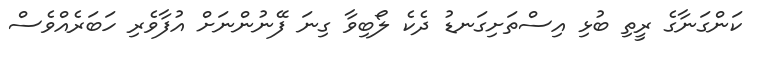
ކަންގަނާގެ ރީތި ބުޅި އިސްތަށިގަނޑު ދެކެ ލޯބިވާ ގިނަ ފޭނުންނަށް އުފާވެރި ހަބަރެއްވެސް